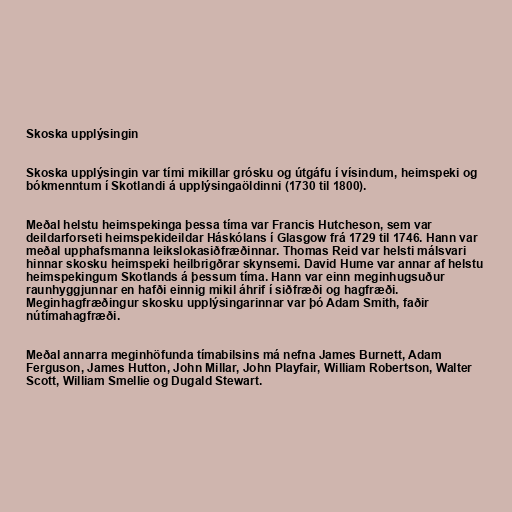
Skoska upplýsingin

Skoska upplýsingin var tími mikillar grósku og útgáfu í vísindum, heimspeki og
bókmenntum í Skotlandi á upplýsingaöldinni (1730 til 1800).

Meðal helstu heimspekinga þessa tíma var Francis Hutcheson, sem var
deildarforseti heimspekideildar Háskólans í Glasgow frá 1729 til 1746. Hann var
meðal upphafsmanna leikslokasiðfræðinnar. Thomas Reid var helsti málsvari
hinnar skosku heimspeki heilbrigðrar skynsemi. David Hume var annar af helstu
heimspekingum Skotlands á þessum tíma. Hann var einn meginhugsuður
raunhyggjunnar en hafði einnig mikil áhrif í siðfræði og hagfræði.
Meginhagfræðingur skosku upplýsingarinnar var þó Adam Smith, faðir
nútímahagfræði.

Meðal annarra meginhöfunda tímabilsins má nefna James Burnett, Adam
Ferguson, James Hutton, John Millar, John Playfair, William Robertson, Walter
Scott, William Smellie og Dugald Stewart.